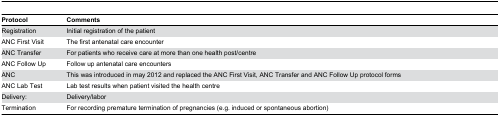
<table><thead><tr><td><b>Protocol</b></td><td><b>Comments</b></td></tr></thead><tbody><tr><td>Registration</td><td>Initial registration of the patient</td></tr><tr><td>ANC First Visit</td><td>The first antenatal care encounter</td></tr><tr><td>ANC Transfer</td><td>For patients who receive care at more than one health post/centre</td></tr><tr><td>ANC Follow Up</td><td>Follow up antenatal care encounters</td></tr><tr><td>ANC</td><td>This was introduced in may 2012 and replaced the ANC First Visit, ANC Transfer and ANC Follow Up protocol forms</td></tr><tr><td>ANC Lab Test</td><td>Lab test results when patient visited the health centre</td></tr><tr><td>Delivery:</td><td>Delivery/labor</td></tr><tr><td>Termination</td><td>For recording premature termination of pregnancies (e.g. induced or spontaneous abortion)</td></tr></tbody></table>